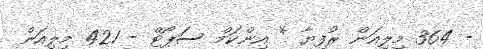
- 364 މިލިއަން ރުފިޔާ * އިންކަމް ސަޕޯޓް - 421 މިލިއަން